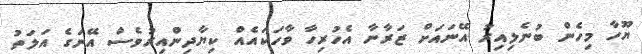
ޔޫހާ މިހެން ބުނެލިއިރު އޭނައަށް ޒަރާނާ އެހުރިހާ ވާހަކައެއް ކިޔާދިންއިރުވެސް އޭނަގެ އަލަތު